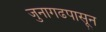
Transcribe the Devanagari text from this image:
जुनागढपासून